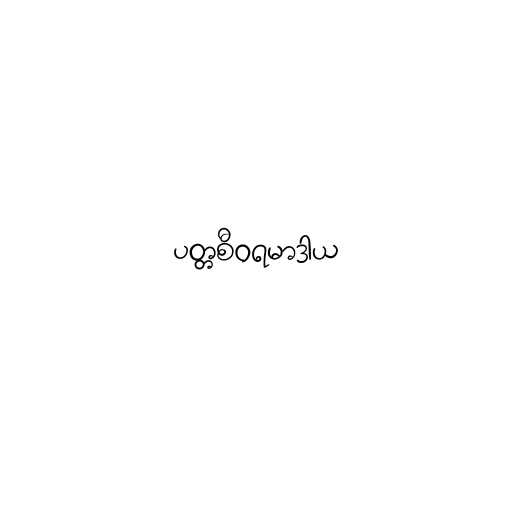
ပတ္တစီဝရမာဒာယ